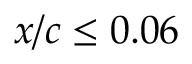
x / c \leq 0 . 0 6